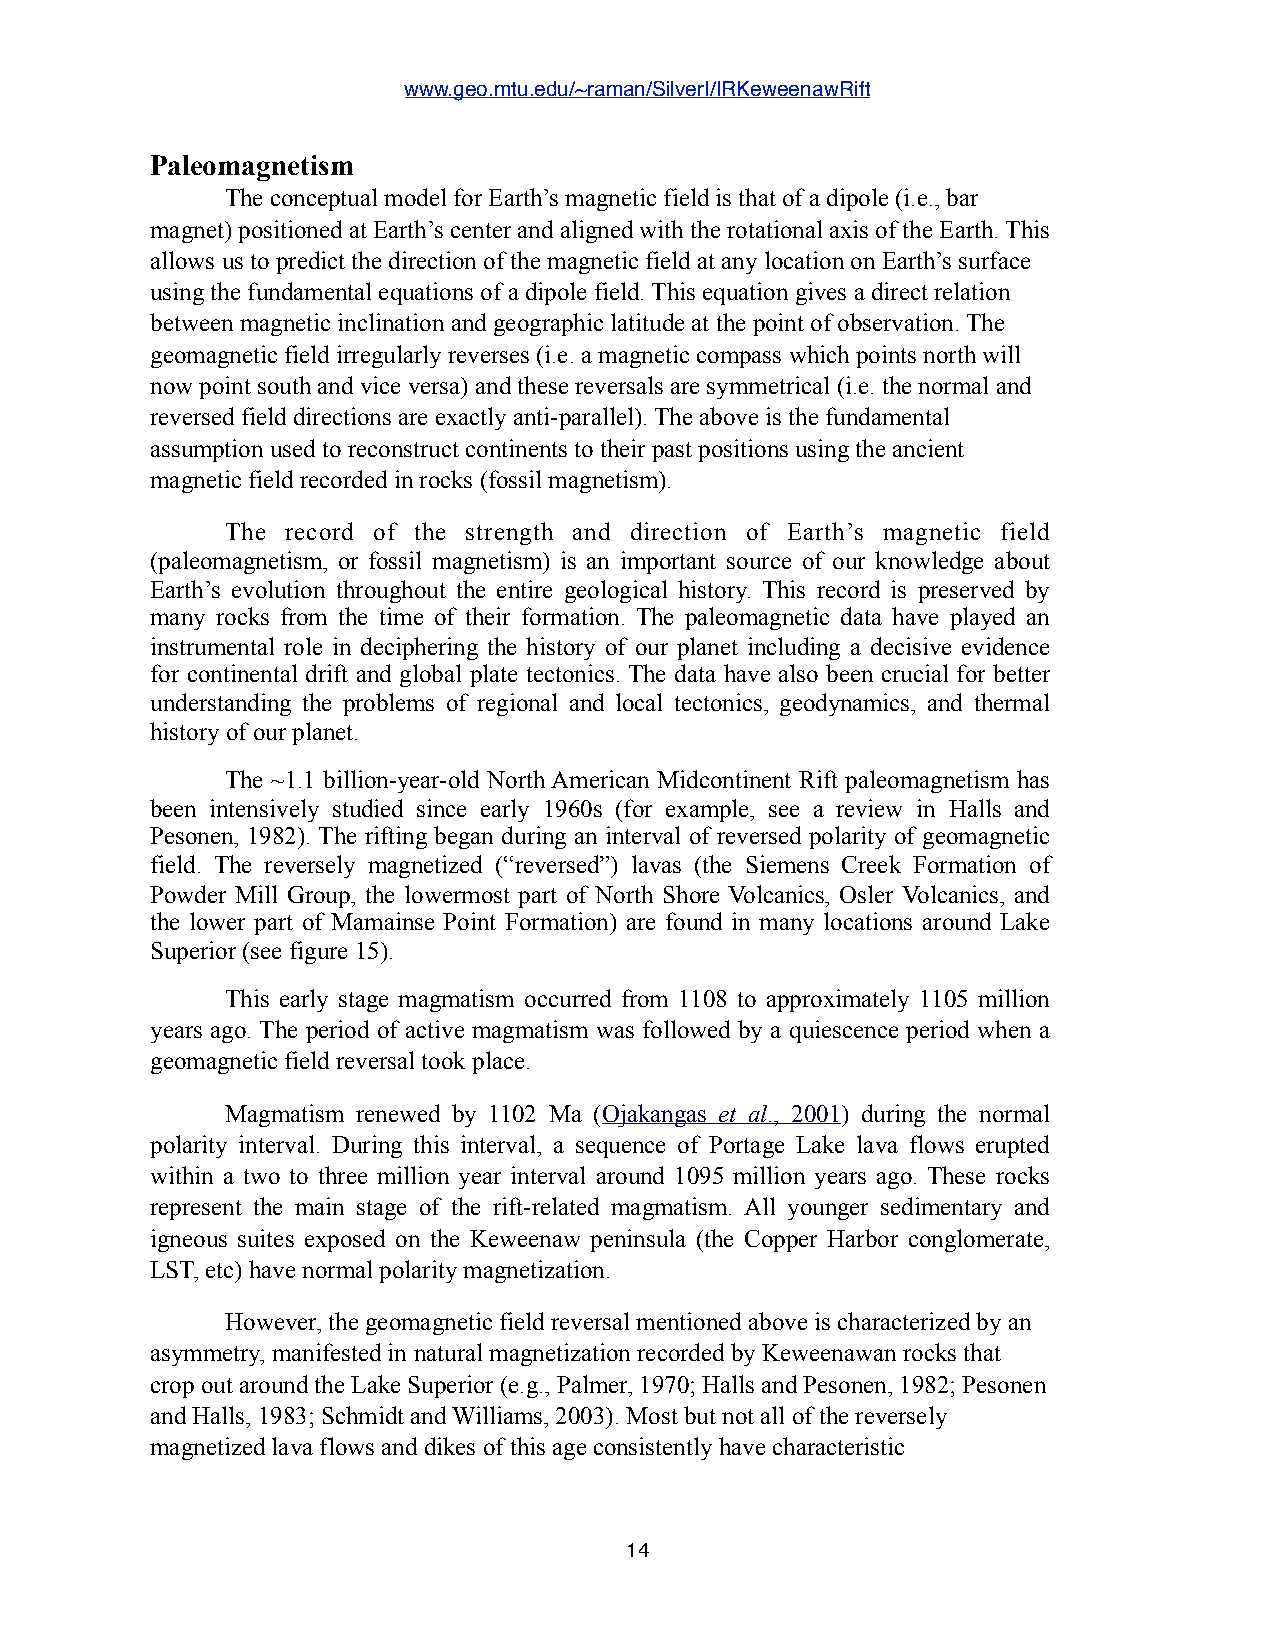
www.geo.mtu.edu/~raman/SilverI/IRKeweenawRift
 Paleomagnetism
 The conceptual model for Earth’s magnetic field is that of a dipole (i.e., bar
 magnet) positioned at Earth’s center and aligned with the rotational axis of the Earth. This
 allows us to predict the direction of the magnetic field at any location on Earth’s surface
 using the fundamental equations of a dipole field. This equation gives a direct relation
 between magnetic inclination and geographic latitude at the point of observation. The
 geomagnetic field irregularly reverses (i.e. a magnetic compass which points north will
 now point south and vice versa) and these reversals are symmetrical (i.e. the normal and
 reversed field directions are exactly anti-parallel). The above is the fundamental
 assumption used to reconstruct continents to their past positions using the ancient
 magnetic field recorded in rocks (fossil magnetism).
 The record of the strength and direction of Earth’s magnetic field
 (paleomagnetism, or fossil magnetism) is an important source of our knowledge about
 Earth’s evolution throughout the entire geological history. This record is preserved by
 many rocks from the time of their formation. The paleomagnetic data have played an
 instrumental role in deciphering the history of our planet including a decisive evidence
 for continental drift and global plate tectonics. The data have also been crucial for better
 understanding the problems of regional and local tectonics, geodynamics, and thermal
 history of our planet.
 The ~1.1 billion-year-old North American Midcontinent Rift paleomagnetism has
 been intensively studied since early 1960s (for example, see a review in Halls and
 Pesonen, 1982). The rifting began during an interval of reversed polarity of geomagnetic
 field. The reversely magnetized (“reversed”) lavas (the Siemens Creek Formation of
 Powder Mill Group, the lowermost part of North Shore Volcanics, Osler Volcanics, and
 the lower part of Mamainse Point Formation) are found in many locations around Lake
 Superior (see figure 15).
 This early stage magmatism occurred from 1108 to approximately 1105 million
 years ago. The period of active magmatism was followed by a quiescence period when a
 geomagnetic field reversal took place.
 Magmatism renewed by 1102 Ma (Ojakangas et al., 2001) during the normal
 polarity interval. During this interval, a sequence of Portage Lake lava flows erupted
 within a two to three million year interval around 1095 million years ago. These rocks
 represent the main stage of the rift-related magmatism. All younger sedimentary and
 igneous suites exposed on the Keweenaw peninsula (the Copper Harbor conglomerate,
 LST, etc) have normal polarity magnetization.
 However, the geomagnetic field reversal mentioned above is characterized by an
 asymmetry, manifested in natural magnetization recorded by Keweenawan rocks that
 crop out around the Lake Superior (e.g., Palmer, 1970; Halls and Pesonen, 1982; Pesonen
 and Halls, 1983; Schmidt and Williams, 2003). Most but not all of the reversely
 magnetized lava flows and dikes of this age consistently have characteristic
 14